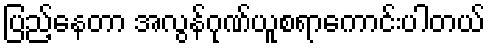
ပြည့်နေတာ အလွန်ဂုဏ်ယူစရာကောင်းပါတယ်